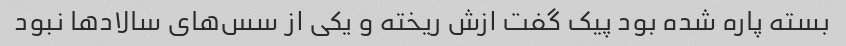
بسته پاره شده بود پیک گفت ازش ریخته و یکی از سس‌های سالاد‌ها نبود